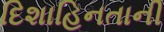
દિશાહિનતાની